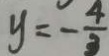
y = - \frac { 4 } { 3 }